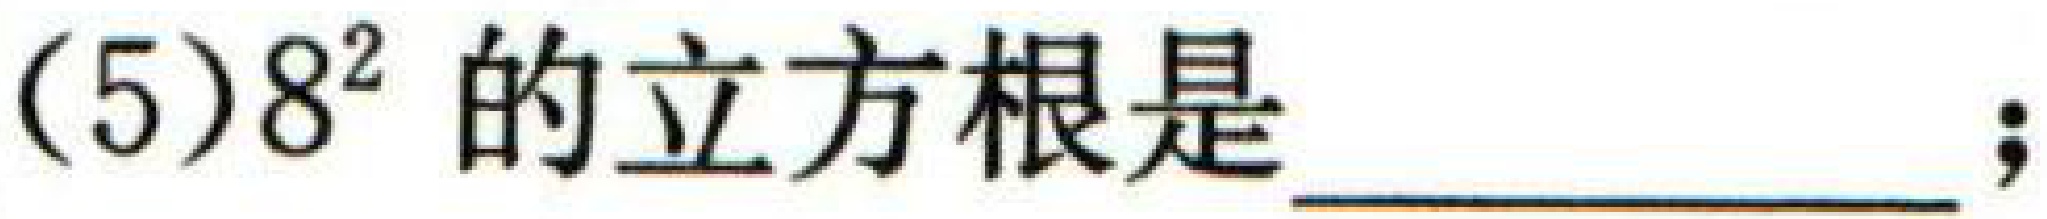
(5)\(8^{2}\)的立方根是  ；